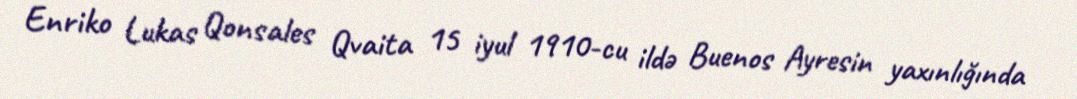
Enriko Lukas Qonsales Qvaita 15 iyul 1910-cu ildə Buenos Ayresin yaxınlığında